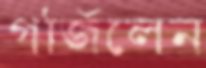
গর্জিলেন